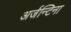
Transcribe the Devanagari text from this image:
अर्जन्टिना